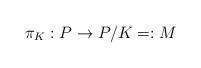
LaTeX: \begin{align*}\pi_{K}:P\to P/K=:M\end{align*}